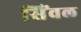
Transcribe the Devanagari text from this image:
सिंवल